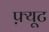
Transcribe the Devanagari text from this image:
फ़्यूट